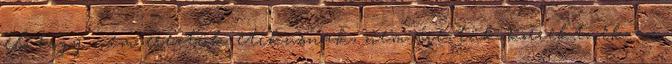
el, hogy nem éreztük etikusnak, nem éreztük korrektnek az